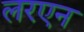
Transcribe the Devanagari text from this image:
लरएन